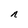
Character: n